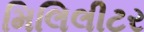
મિલિલીટર